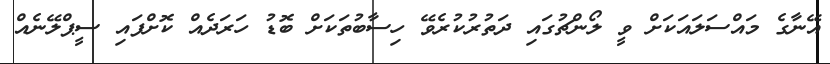
އޭނާގެ މައްސަލައަކަށް ވީ ލޯންޗުގައި ދަތުރުކުރެވޭ ހިސާބުތަކަށް ބޮޑު ހަރަދެއް ކޮށްފައި ސީޕްލޭނެއް